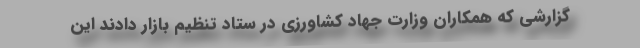
گزارشی که همکاران وزارت جهاد کشاورزی در ستاد تنظیم بازار دادند این